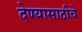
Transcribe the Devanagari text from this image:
देण्यासाठीचे